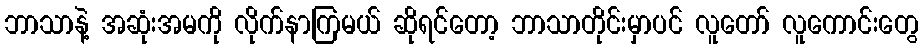
ဘာသာနဲ့ အဆုံးအမကို လိုက်နာကြမယ် ဆိုရင်တော့ ဘာသာတိုင်းမှာပင် လူတော် လူကောင်းတွေ